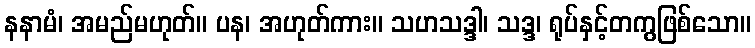
နနာမံ၊ အမည်မဟုတ်။ ပန၊ အဟုတ်ကား။ သဟသဒ္ဒါ၊ သဒ္ဒ၊ ရုပ်နှင့်တကွဖြစ်သော။